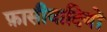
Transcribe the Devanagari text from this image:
फ़ासीवादियों